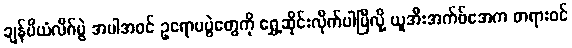
ချန်ပီယံလိဂ်ပွဲ အပါအဝင် ဥရောပပွဲတွေကို ရွှေ့ဆိုင်းလိုက်ပါပြီလို့ ယူအီးအက်ဖ်အေက တရားဝင်